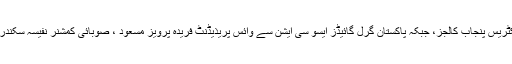
اس موقع پر پنجاب کی 34 ڈسٹرکٹس سے سکول و کالج کی ہیڈمسٹریسز، پرنسپلز، شگفتہ امین ڈائریکٹریس پنجاب کالجز، جبکہ پاکستان گرل گائیڈز ایسو سی ایشن سے وائس پریذیڈنٹ فریدہ پرویز مسعود ، صوبائی کمشنر نفیسہ سکندر ملہی ، ڈپٹی صوبائی کمشنر تزئین فضل،ایگزیکٹو ممبران، سٹاف ممبرز اور ٹرینرزنے شرکت کی ۔